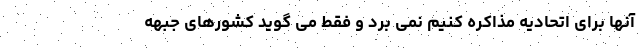
آنها برای اتحادیه مذاکره کنیم نمی برد و فقط می گوید کشورهای جبهه